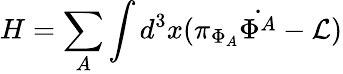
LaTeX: H=\sum_{A}\int d^{3}x(\pi_{\Phi_{A}}\dot{\Phi^{A}}-{\cal L})